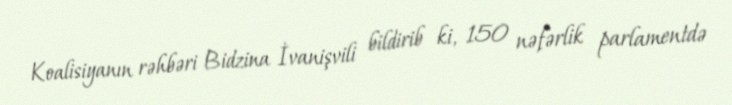
Koalisiyanın rəhbəri Bidzina İvanişvili bildirib ki, 150 nəfərlik parlamentdə